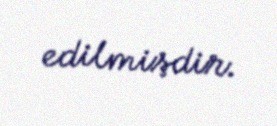
edilmişdir.